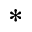
^ *